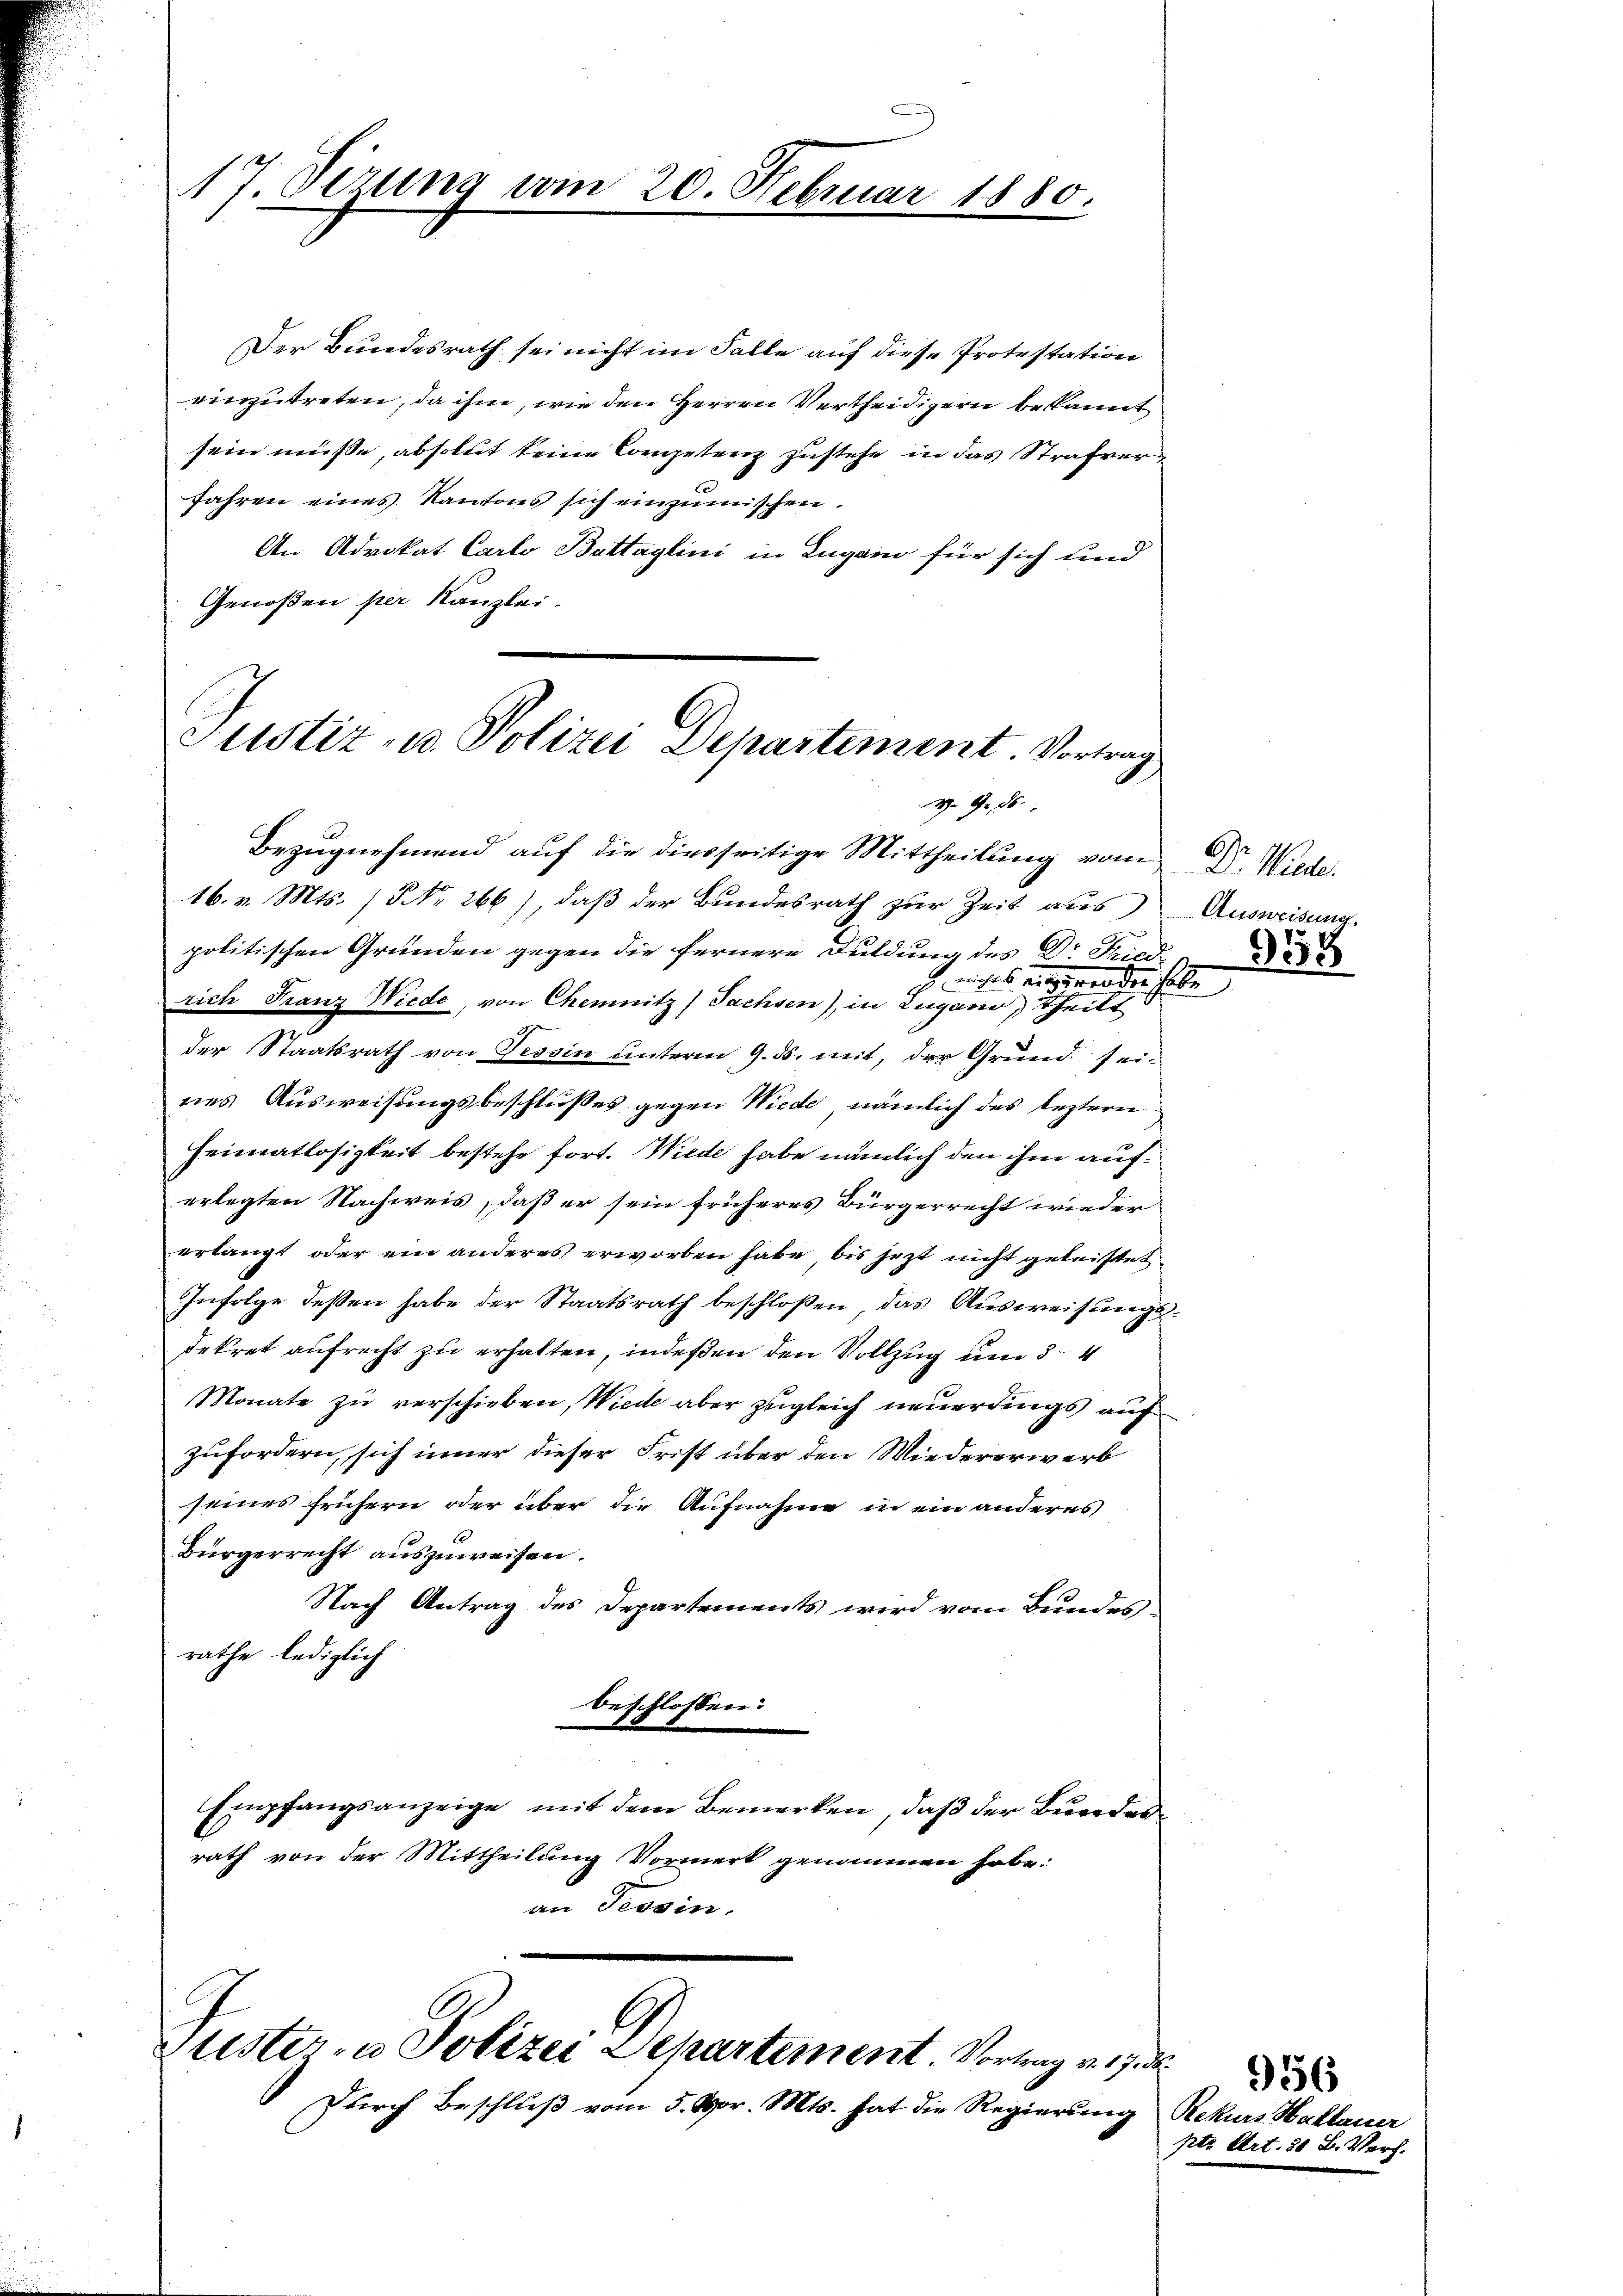
17. Sizung vom 20. Februar 1880.

Der Bundesrath sei nicht im Falle auf diese Protestation
einzutreten, da ihm, wie den Herren Vertheidigern bekannt
sein müße, absolut keine Competenz zustehe in das Strafver¬
Jahren eines Kantons sich einzumischen.
An Advokat Carlo Bettaglini in Lugano für sich und
Genoßen per Kanzlei-

Justiz- u. Polizei Departement. Vortrag
W. G. 26.

politischen Gründen gegen die fernere Duldung des Dr Fried
G. nichts eingeworden habe
rich Franz Wiede, von Chemnitz (Sachsen), in Lugano, Theilt
der Staatsrath von Tessin unterm 9. ds. mit, der Grund seines Ausweisungsbeschlusses gegen Wiede, nämlich des leztern
Heimatlosigkeit bestehe fort. Wiede habe nämlich den ihne auferlegten Nachweis, daß er sein früheres Bürgerrecht wieder
erlangt oder ein anderes erworben habe, bis jezt nicht geleistet
Infolge dessen habe der Staatsrath beschloßen, das Ausweisungsdekret aufrecht zu erhalten, indeßen den Vollzug um 3 -4
Monate zu verschieben, Wiede aber zugleich neuerdings auf
zufordern, sich inner dieser Frist über den Wiedererwerb
seines frühern oder über die Aufnahme in ein anderes
Bürgerrecht auszuweisen.
Nach Antrag des Departements wird vom Bundes
rathe, lediglich
beschlossen:
Empfangsanzeige mit dem Bemerken, daß der Bundes¬
O
rath von der Mittheilung Vormerk genommen habe:
an Provin.

Bezugnehmend auf die diesseitige Mittheilung vom Dr. Wieder
16. v. Mts. No. 266), daß der Bundesrath zur Zeit aus

Puster- u Polizei Departement Vortrag v. 17. d.
Durch Beschluß vom 5. vor. Mts. hat die Regierung Rekurs Hallauer

Ausweisung.
958

ptz Art. 31 B. Verf.

956